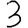
Digit: 3